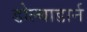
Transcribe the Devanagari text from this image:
डोल्बाडार्न